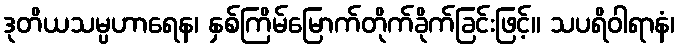
ဒုတိယသမ္ပဟာရေန၊ နှစ်ကြိမ်မြောက်တိုက်ခိုက်ခြင်းဖြင့်။ သပရိဝါရာနံ၊